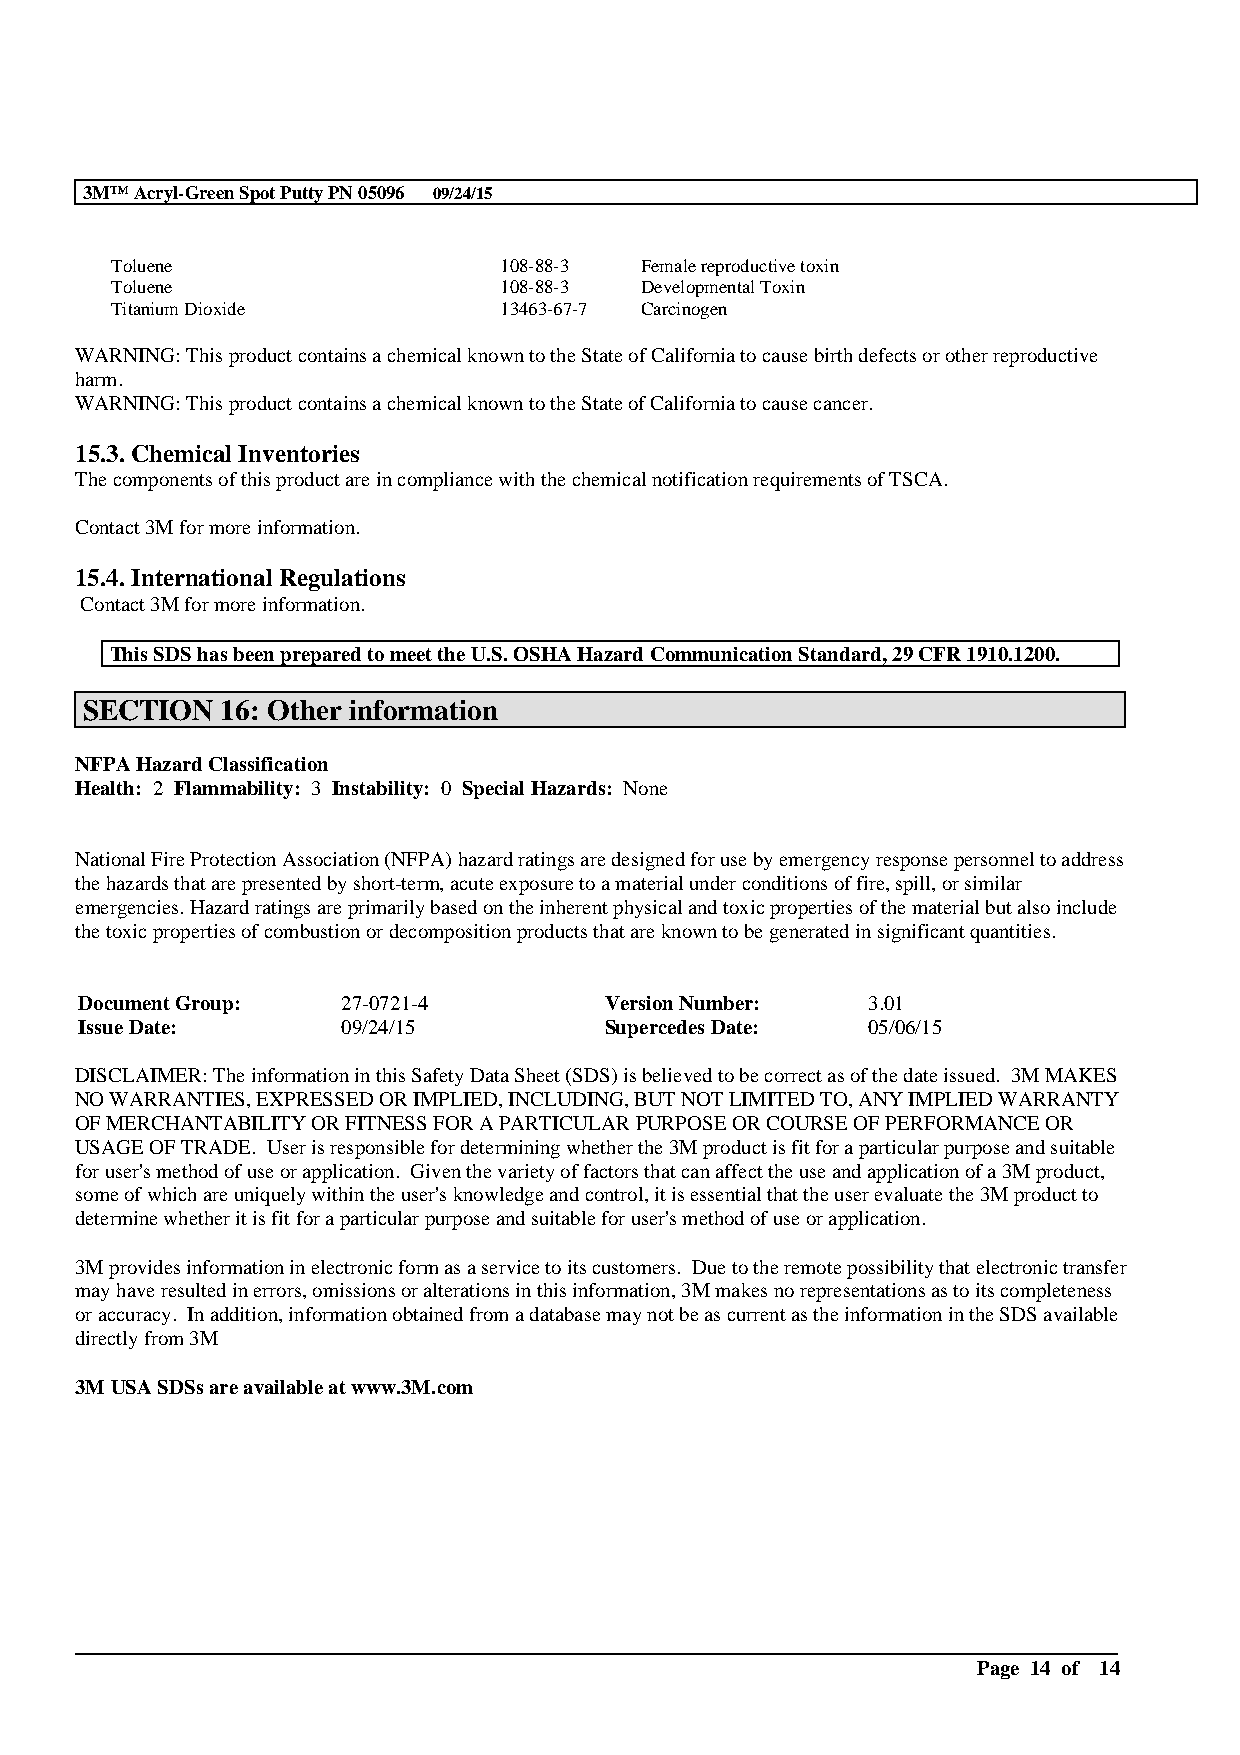
3M™Acryl-Green Spot Putty PN 05096 09/24/15
 Toluene                   108-88-3 Female reproductive toxin
 Toluene                   108-88-3 Developmental Toxin
 Titanium Dioxide          13463-67-7 Carcinogen
 WARNING: This product contains a chemical known to the State of California to cause birth defects or other reproductive
 harm.
 WARNING: This product contains a chemical known to the State of California to cause cancer.
 15.3. Chemical Inventories
 The components of this product are in compliance with the chemical notification requirements of TSCA.
 Contact 3M for more information.
 15.4. International Regulations
 Contact 3M for more information.
 This SDS has been prepared to meet the U.S. OSHA Hazard Communication Standard, 29 CFR 1910.1200.
 SECTION   16: Other information
 NFPA Hazard Classification
 Health: 2 Flammability: 3 Instability: 0 Special Hazards: None
 National Fire Protection Association (NFPA) hazard ratings are designed for use by emergency response personnel to address
 the hazards that are presented by short-term, acute exposure to a material under conditions of fire, spill, or similar
 emergencies. Hazard ratings are primarily based on the inherent physical and toxic properties of the material but also include
 the toxic properties of combustion or decomposition products that are known to be generated in significant quantities.
 Document Group:   27-0721-4        Version Number:  3.01
 Issue Date:       09/24/15         Supercedes Date: 05/06/15
 DISCLAIMER: The information in this Safety Data Sheet (SDS) is believed to be correct as of the date issued. 3M MAKES
 NO WARRANTIES, EXPRESSED OR IMPLIED, INCLUDING, BUT NOT LIMITED TO, ANY IMPLIED WARRANTY
 OF MERCHANTABILITY OR FITNESS FOR A PARTICULAR PURPOSE OR COURSE OF PERFORMANCE OR
 USAGE OF TRADE. User is responsible for determining whether the 3M product is fit for a particular purpose and suitable
 for user's method of use or application. Given the variety of factors that can affect the use and application of a 3M product,
 some of which are uniquely within the user's knowledge and control, it is essential that the user evaluate the 3M product to
 determine whether it is fit for a particular purpose and suitable for user's method of use or application.
 3M provides information in electronic form as a service to its customers. Due to the remote possibility that electronic transfer
 may have resulted in errors, omissions or alterations in this information, 3M makes no representations as to its completeness
 or accuracy. In addition, information obtained from a database may not be as current as the information in the SDS available
 directly from 3M
 3MUSA SDSs are available at www.3M.com
 __________________________________________________________________________________________
 Page 14 of 14